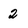
Character: 2